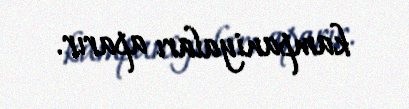
kampaniyaları aparır.